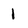
Character: 1